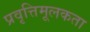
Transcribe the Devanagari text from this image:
प्रवृत्तिमूलकता